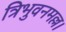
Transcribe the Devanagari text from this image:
त्रिभुवनमल्ल।